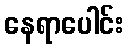
နေရာပေါင်း